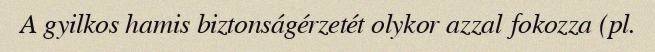
A gyilkos hamis biztonságérzetét olykor azzal fokozza (pl.